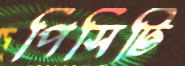
পিসিটি